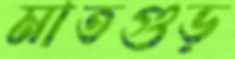
মাতগুড়